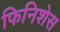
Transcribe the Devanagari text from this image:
फिनिशेस